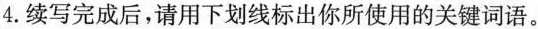
4.续写完成后,请用下划线标出你所使用的关键词语。